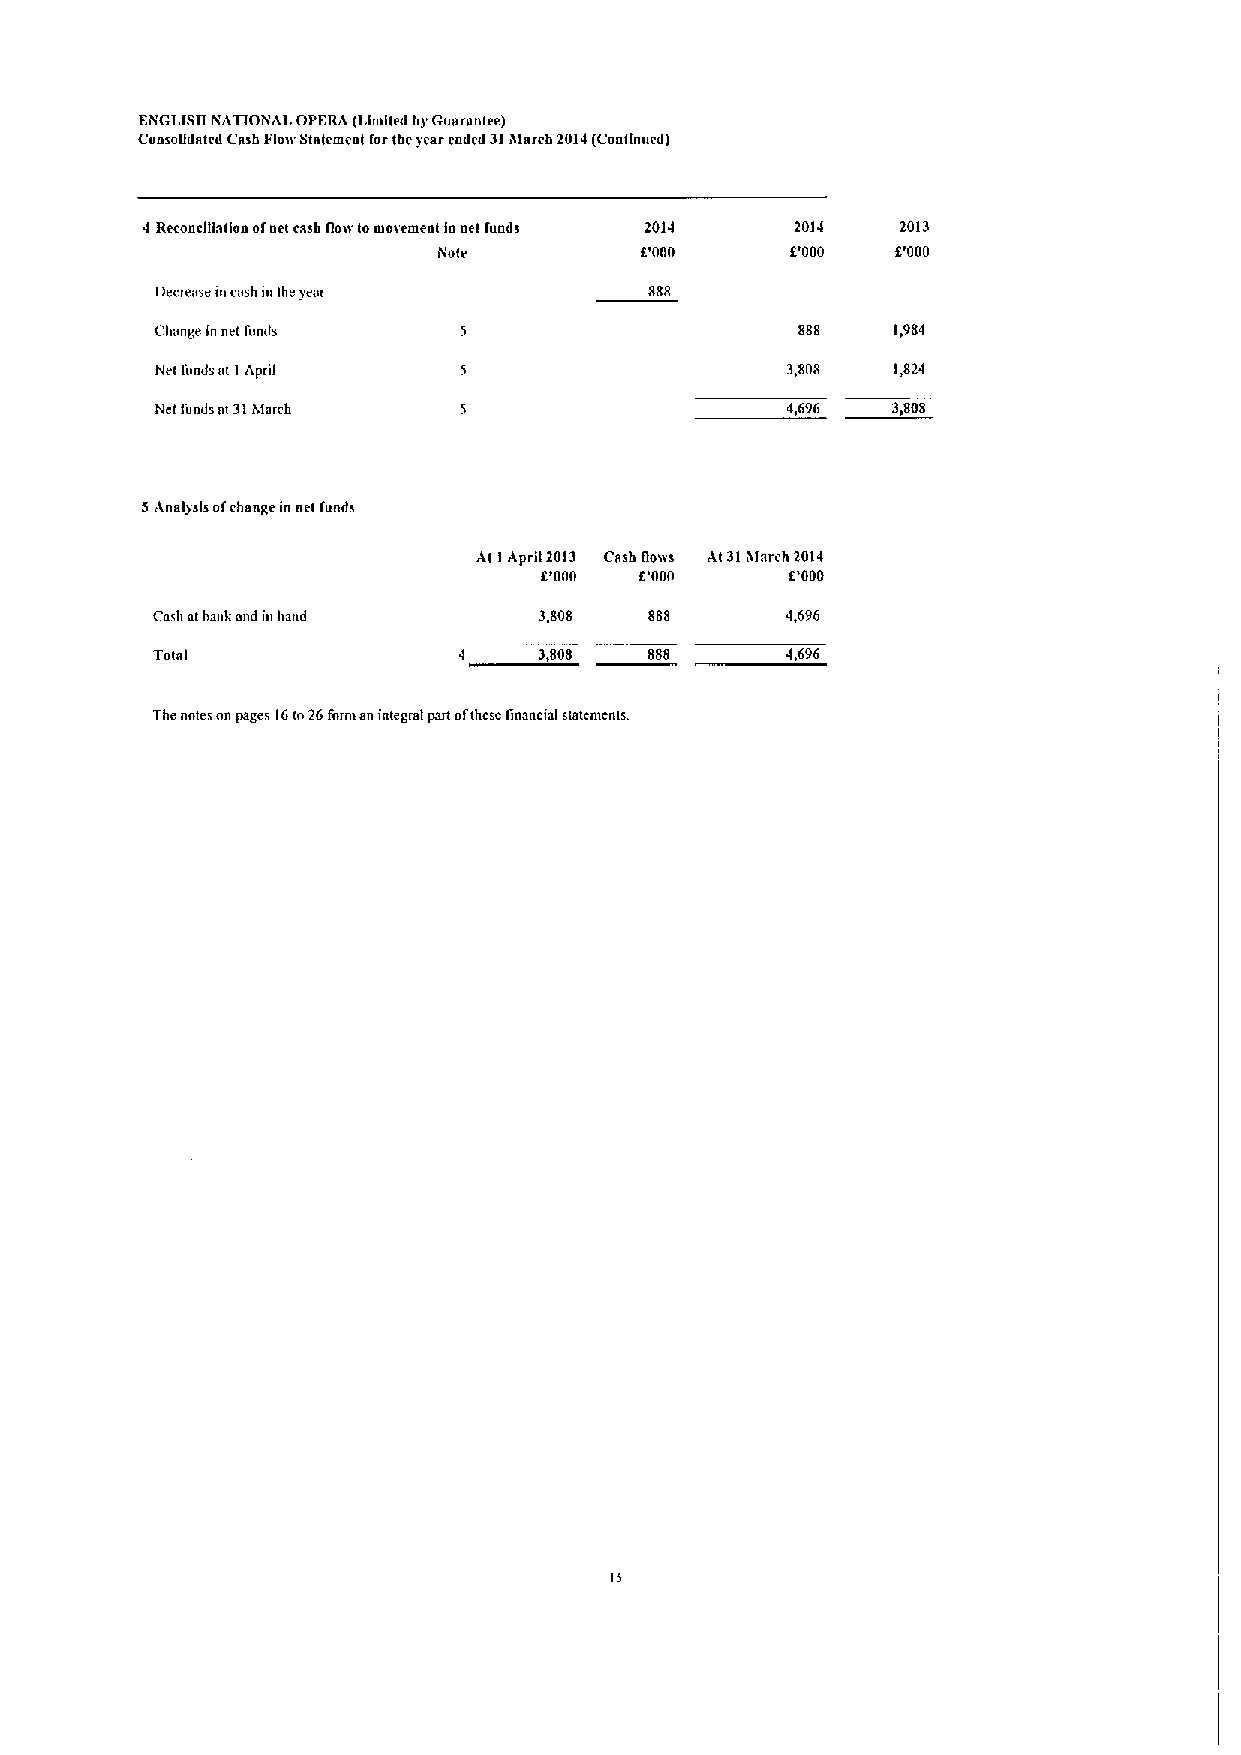
ENGLISII NATIONAL OPERA (Llmged byGuArantee)
 Corno gdated Cash Floir Sinlemeal forthe &ear carted 31Alarcb2014(Continued)
 4 Reconcltta lion ofeel cash floss lomosemeal ln uet fuads 2014 2014 2013
 igote        f.'000    C000   f.'000
 Decrease incash in the year      888
 Change innet funds                         888   1,984
 Net funds at I April                      3,808  1,824
 Ncl funds nl 31hierch                     4,696  3,808
 5Anal&sls ofchange in nel funds
 At I Aprll 2013 Cash floes A131hlnrch 2014
 I'000 I'000     C000
 Cash atbank nnd in hand   3,808  888      4,696
 Totnl                     3,808  888      4,696
 Thenntes on pages 16to26fnrm an integral part ofihcsc financial statenients